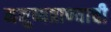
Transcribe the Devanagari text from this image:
मनुष्यप्राण्याची